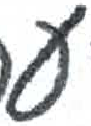
אות: ע